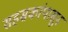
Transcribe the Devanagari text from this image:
सहस्रकांपासून